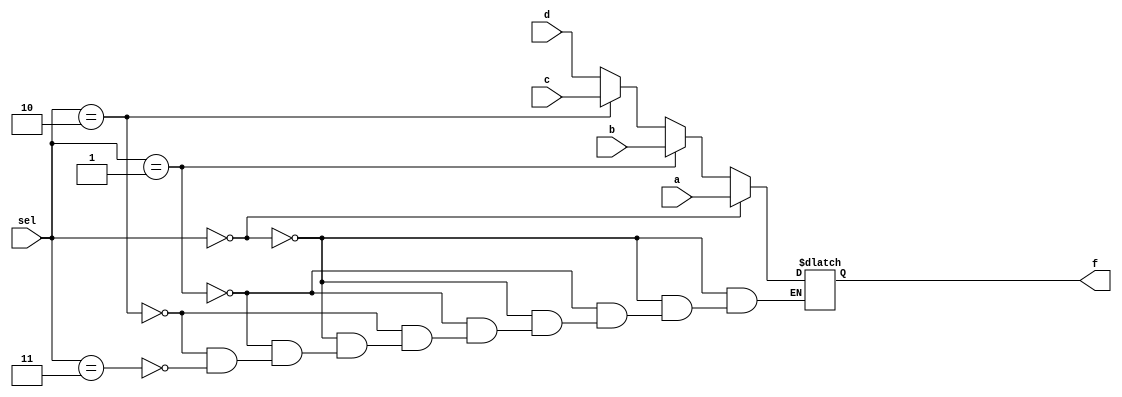
`timescale 1ns / 1ps
//////////////////////////////////////////////////////////////////////////////////
// Company: 
// Engineer: 
// 
// Design Name: 

module mux_41if(a,b,c,d,f,sel);
input a,b,c,d;
input [1:0]sel; // declaration of sel as input oof two bit
output reg f; // declaration of output port f as register type
always@(*)
begin 
if(sel == 2'b00)
f=a;
else if(sel == 2'b01) //there should be space between else and if
f = b;
else if(sel == 2'b10)
f=c;
else if(sel == 2'b11)
f=d;
end
endmodule